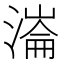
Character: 𣼍